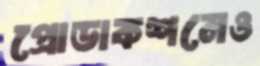
প্রোডাকশনেও